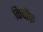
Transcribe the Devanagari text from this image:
किचॉफ़